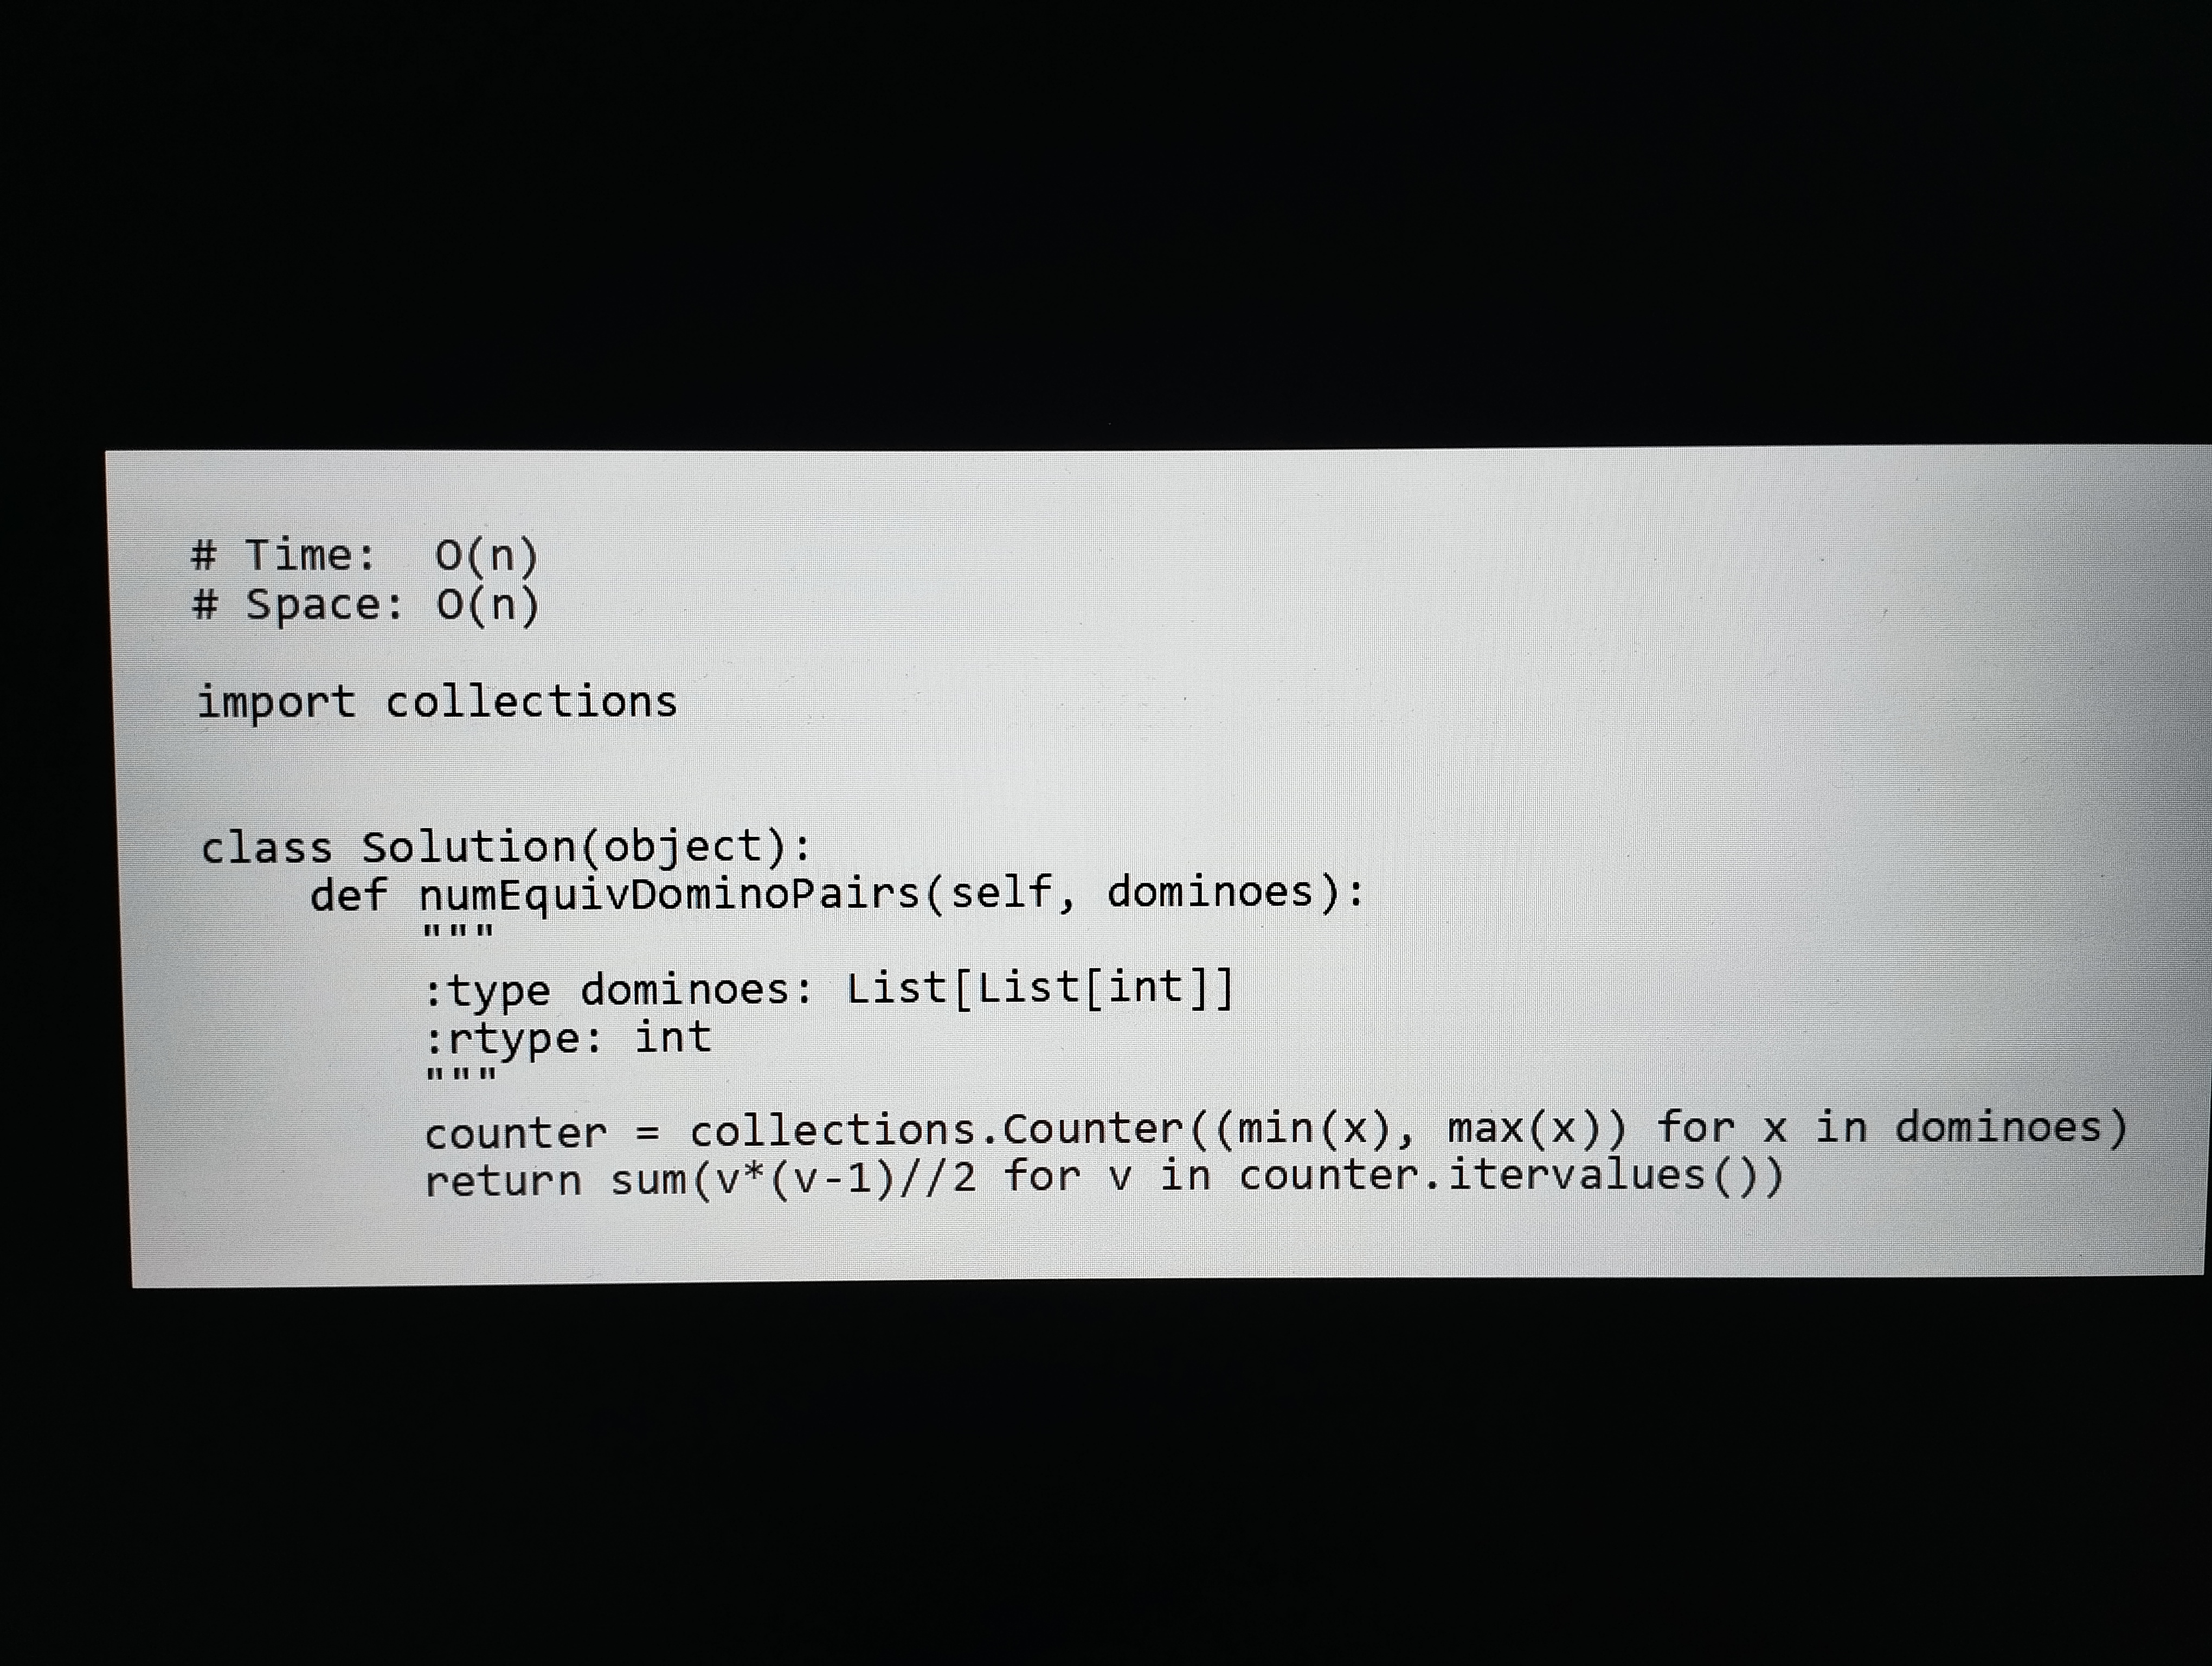
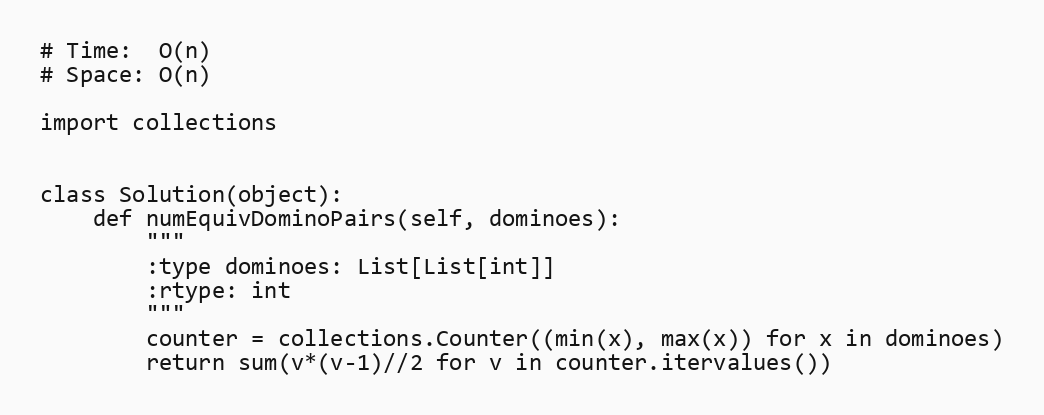
# Time:  O(n)
# Space: O(n)

import collections

class Solution(object):
    def numEquivDominoPairs(self, dominoes):
        """
        :type dominoes: List[List[int]]
        :rtype: int
        """
        counter = collections.Counter((min(x), max(x)) for x in dominoes)
        return sum(v*(v-1)//2 for v in counter.itervalues())